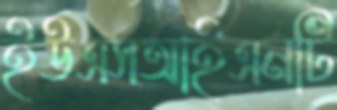
ইউএসআইএনটি